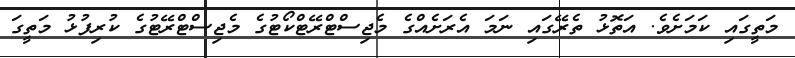
މަތީގައި ކަމަށެވެ. އަތޮޅު ތެރޭގައި ނަމަ އެރަށެއްގެ މެޖިސްޓްރޭޓްކޯޓުގެ މެޖިސްޓްރޭޓުގެ ކުރިފުޅު މަތީގަ